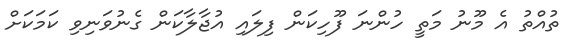
ތުއްތު އެ މޫނު މަތީ ހުންނަ ފޫހިކަން ފިލައި އުޖާލާކަން ގެނުވަނިވި ކަމަކަށް